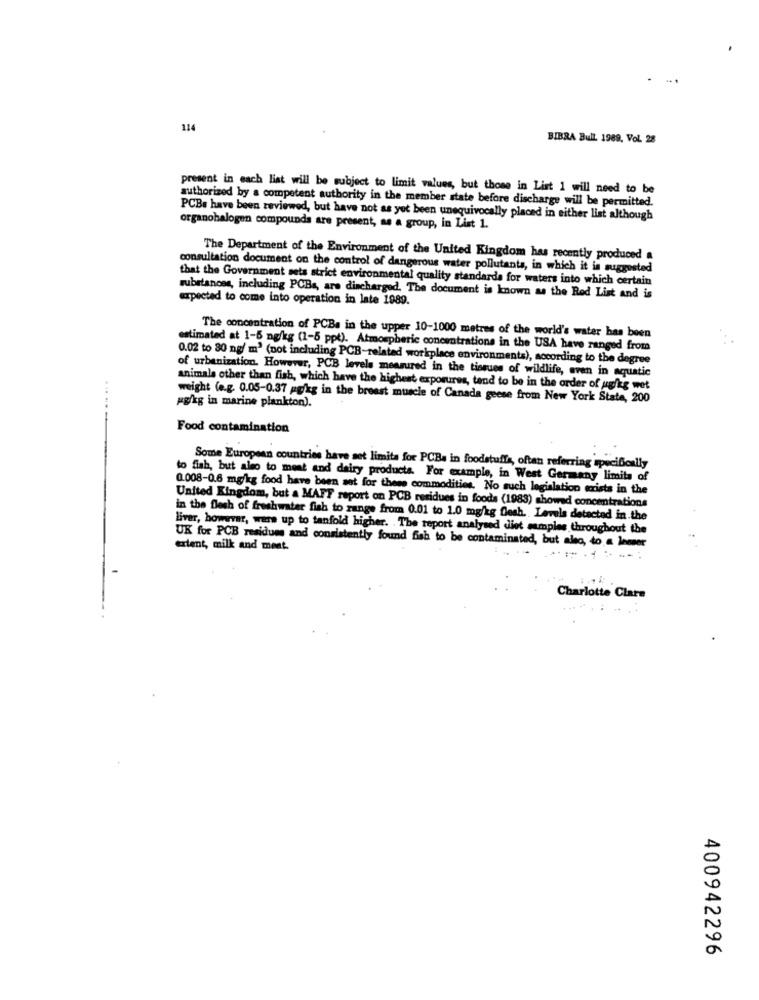
114
BIBRA Bull. 1989, Vol. 28
present in each list will be subject to limit values, but thome in List 1 will need to be
authorized by a competent authority in the member state before discharge will be permitted.
PCBs have been reviewed, but have not as yet been unequivocally placed in either list although
organohalogen compounds are present, as a group, in List 1.
The Department of the Environment of the United Kingdom has recently produced a
consultation document on the control of dangerous water pollutants, in which it is suggested
that the Government sets strict environmental quality standards for waters into which certain
expected to come into operation in late 1989.
substances, including PCBs, are discharged. The document is known as the Red List and is
The concentration of PCBs in the upper 10-1000 metres of the world's water has been
estimated at 1-5 mg/kg (1-5 ppt). Atmospheric concentrations in the USA have ranged from
0.02 to 30 ng/ m' (not including PCB-related workplace environments), according to the degree
of urbanization. However, PCB levels measured in the tissues of wildlife, even in aquatic
animals other than fish, which have the highest exporures, tend to be in the order of ug/kg wet
weight (e.g. 0.05-0.37 mg/kg in the breast muscle of Canada geese from New York State, 200
pg/kg in marine plankton).
Food contamination
Some European countries have set limita for PCB. in foodstuffs, oftan referring specifically
to fish, but also to meat and dairy products. For example, in West Germany limits of
0.008-0.6 mg/kg food have been set for theme commodities. No such legislation exists in the
United Kingdom, but a MAFF report on PCB residues in foods (1983) showed concentrations
in the flesh of freshwater fish to range from 0.01 to 1.0 mg/kg flesh. Levels detected in the
Liver, however, wars up to tanfold higher. . The report analysed diet samples throughout the
extent, milk and ment.
UK for PCB residum and consistently found fish to be contaminated, but also, to a lemmer
Charlotte Clare
400942296